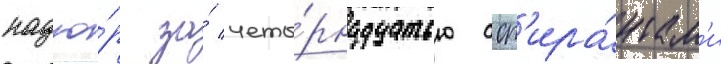
надзо́р за́ четы́рнадцатью асп'ира́нтам'и